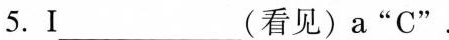
5.Ⅰ___(看见)a “C".